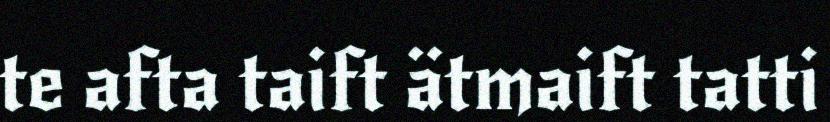
te afta taift ätmaift tatti